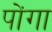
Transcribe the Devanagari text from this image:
पोंगा